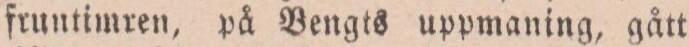
fruntimren, på Bengts uppmaning, gått